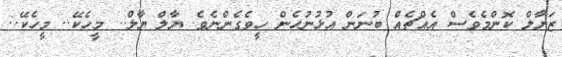
ޒަަޔާލް ކޮންމެވެސް އެއްޗެއް ބުނަން އުޅުނުހެން ހީވެގެންނެވެ. ޔާލް ޔާލް.. މީހެކޭ.. މީހެކޭ..